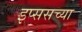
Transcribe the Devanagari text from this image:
इप्ससच्या